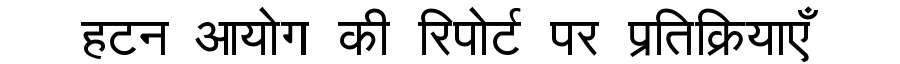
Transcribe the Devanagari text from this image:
हटन आयोग की रिपोर्ट पर प्रतिक्रियाएँ